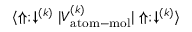
{ \langle \Uparrow ; \downarrow ^ { ( k ) } | V _ { \mathrm { a t o m - m o l } } ^ { ( k ) } | \Uparrow ; \downarrow ^ { ( k ) } \rangle }